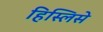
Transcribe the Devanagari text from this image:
हिस्लिसे